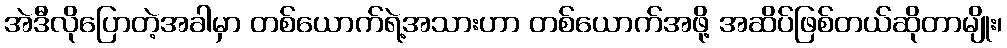
အဲဒီလိုပြောတဲ့အခါမှာ တစ်ယောက်ရဲ့အသားဟာ တစ်ယောက်အဖို့ အဆိပ်ဖြစ်တယ်ဆိုတာမျိုး၊